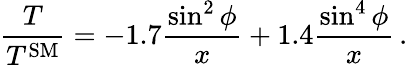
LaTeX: \frac{T}{T^{\mathrm{SM}}}=-1.7\frac{\sin^{2}\phi}{x}+1.4\frac{\sin^{4}\phi}{x}\, .